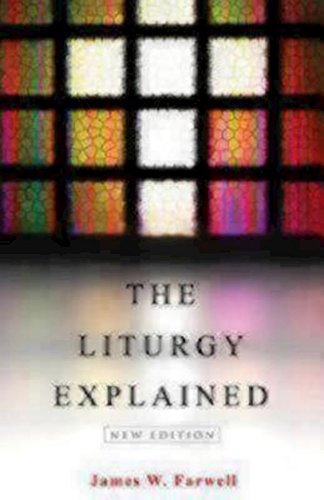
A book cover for The Liturgy Explained: New Edition; James W. Farwell; Christian Books & Bibles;